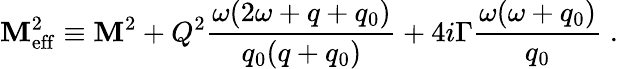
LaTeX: \mathbf{M}_{\mathrm{{eff}}}^{2}\equiv\mathbf{M}^{2}+Q^{2}{\frac{{\omega(2\omega+q+q_{0})}}{{q_{0}(q+q_{0})}}}+4i\Gamma{\frac{{\omega(\omega+q_{0})}}{{q_{0}}}}\; .